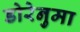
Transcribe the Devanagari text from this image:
डोरेनुमा